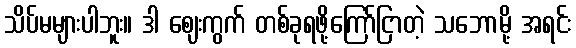
သိပ်မများပါဘူး။ ဒါ ဈေးကွက် တစ်ခုရဖို့ကြော်ငြာတဲ့ သဘောမို့ အရင်း